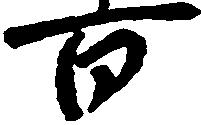
百